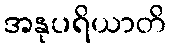
အနုပရိယာတိ